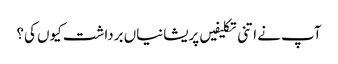
آپ نے اتنی تکلیفیں پریشانیاں برداشت کیوں کی؟